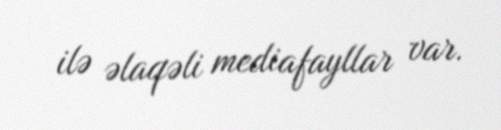
ilə əlaqəli mediafayllar var.